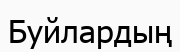
Буйлардың